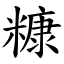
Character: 糠